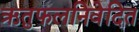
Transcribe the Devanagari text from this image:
ऋतुफलनिवेदित